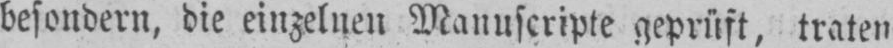
besondern, die einzelnen Manuscripte geprüft, traten